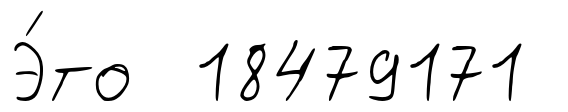
Э́то 18479171